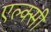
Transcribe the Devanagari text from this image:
एल्क्सी